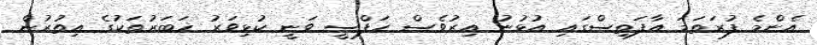
އެންމެ ފުރަތަމަ އާފަތިސްގައި އުޅުނު އިރުވެސް ހަފްސީ ވަނީ ކުޅިވަރު ޚަބަރުތަކުގެ އިތުރުން